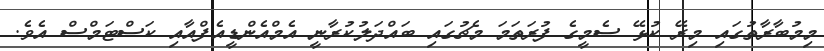
މިމުބާރާތުގައި މިރޭ ކުޅޭ ސެމީގެ ފުރަތަމަ މެޗުގައި ބައްދަލުކުރާނީ އެމްއެންޑީއެފްއާއި ކަސްޓަމްސް އެވެ.